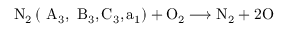
\mathrm { ~ N } _ { 2 } \left( \mathrm { ~ A } _ { 3 } , \mathrm { ~ B } _ { 3 } , \mathrm { C } _ { 3 } , \mathrm { a } _ { 1 } \right) + \mathrm { O } _ { 2 } \longrightarrow \mathrm { N } _ { 2 } + 2 \mathrm { O }